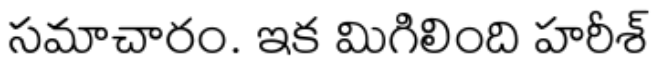
సమాచారం. ఇక మిగిలింది హరీశ్